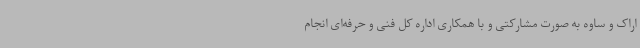
اراک و ساوه به صورت مشارکتی و با همکاری اداره کل فنی و حرفه‌ای انجام